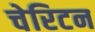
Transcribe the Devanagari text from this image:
चेरिटन